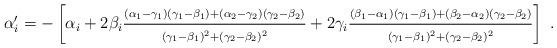
LaTeX: \begin{align*}\alpha'_i=-\left[\alpha_i+2\beta_i\frac{\scriptstyle (\alpha_1 -\gamma_1)(\gamma_1-\beta_1)+(\alpha_2 -\gamma_2)(\gamma_2-\beta_2)}{\scriptstyle (\gamma_1-\beta_1)^2+(\gamma_2-\beta_2)^2}+2\gamma_i\frac{\scriptstyle (\beta_1 -\alpha_1)(\gamma_1-\beta_1)+(\beta_2 -\alpha_2)(\gamma_2-\beta_2)}{\scriptstyle (\gamma_1-\beta_1)^2+(\gamma_2-\beta_2)^2}\right]\ .\end{align*}